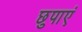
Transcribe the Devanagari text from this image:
छुपाएं